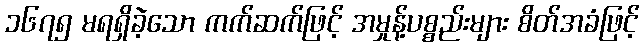
၁၆၇၅ မရရှိခဲ့သော ကက်ဆက်ဖြင့် အမှုန့်ပစ္စည်းများ စိတ်အခံဖြင့်